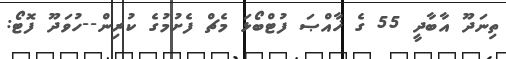
ތިނަދޫ އާބާދީ 55 ގެ ޚާއްޞަ ފުޓްބޯޅަ މެޗް ފެށުމުގެ ކުރިން--ހުވަދޫ ފޮޓޯ: